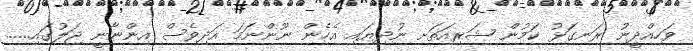
ވަހިއްދީނު ރަނގަޅު ކަމުން ޝަރިއަތަށ ނުދިޔައި އެހެން ނޫންނަމަ އަދިވެސް އިންނާނީ ޖަލުގައި......